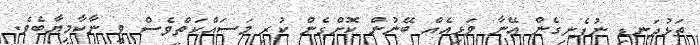
ތަޅުދަނޑި ނުފެނިގެން އޭނާ ވަޅިއެއް ބޭނުން ކޮށްގެން ކުރި މަސައްކަތްވެސް ވީ ނާކާމިޔާބެވެ.